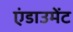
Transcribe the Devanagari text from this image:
एंडाउमेंट